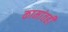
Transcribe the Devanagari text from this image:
कामांतही